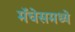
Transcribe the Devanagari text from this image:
मॅचेसमध्ये